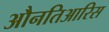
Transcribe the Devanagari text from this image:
औनतिआरिस